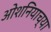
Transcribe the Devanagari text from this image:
ओशनियाच्या